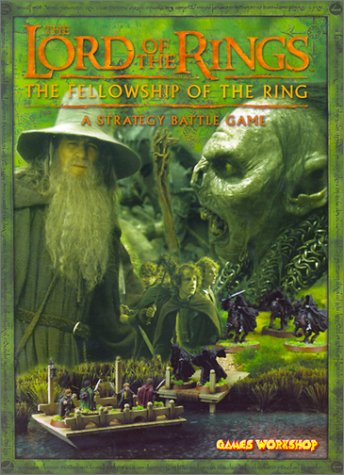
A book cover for The Lord of the Rings: The Fellowship of the Rings: A Strategy Battle Game; Marc Gascoigne; Science Fiction & Fantasy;